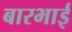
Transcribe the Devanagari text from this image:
बारभाई